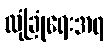
လုံခြုံရေးအရ